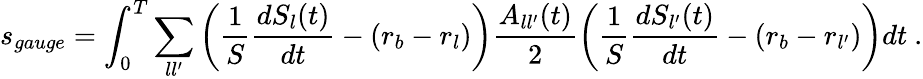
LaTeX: s_{gauge}=\int_{0}^{T}\sum_{ll^{\prime}}\left(\frac 1S\frac{dS_{l}(t)}{dt}-(r_{b}-r_{l})\right)\frac{A_{ll^{\prime}}(t)}{2}\left(\frac 1S\frac{dS_{l^{\prime}}(t)}{dt}-(r_{b}-r_{l^{\prime}})\right)dt\ .